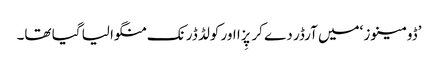
’ڈومینوز ‘میں آرڈر دے کر پِزا اور کولڈ ڈرنک منگوا لیا گیا تھا۔